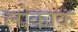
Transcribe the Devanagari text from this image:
लोकाक